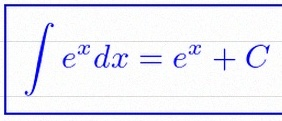
\int e^x dx=e^x+C